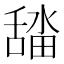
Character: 𮍾